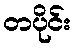
တပိုင်း